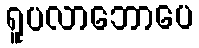
ရူပလာဘောပေ